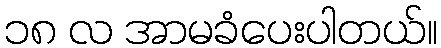
၁၈ လ အာမခံပေးပါတယ်။